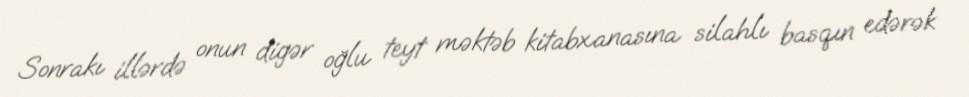
Sonrakı illərdə onun digər oğlu teyt məktəb kitabxanasına silahlı basqın edərək